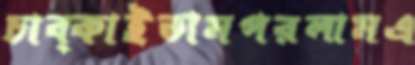
চাব্‌কাইতামপরলামএ